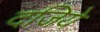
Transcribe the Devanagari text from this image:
दजिये